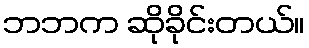
ဘဘက ဆိုခိုင်းတယ်။